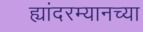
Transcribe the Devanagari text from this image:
ह्यांदरम्यानच्या